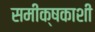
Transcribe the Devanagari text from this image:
समीक्षकाशी